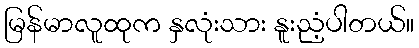
မြန်မာလူထုက နှလုံးသား နူးညံ့ပါတယ်။